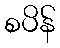
စပိန်